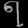
Digit: ၇